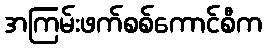
အကြမ်းဖက်စစ်ကောင်စီက